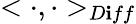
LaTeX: <\cdot,\cdot>_{D\mathbf{i}ff}